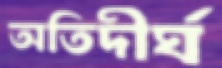
অতিদীর্ঘ